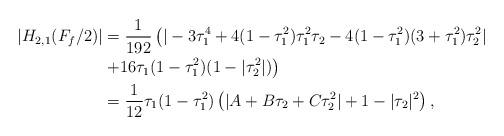
LaTeX: \begin{align*}|H_{2,1}(F_{f}/2)|&=\frac{1}{192}\left(|-3\tau^4_{1} +4(1-\tau^2_{1})\tau^2_{1}\tau_{2}-4(1-\tau^2_{1})(3+\tau^2_{1})\tau^2_{2}| \right.\\&\left.+16\tau_{1}(1-\tau^2_{1}) (1-|\tau^2_{2}|) \right)\\&=\frac{1}{12}\tau_{1}(1-\tau^2_{1})\left(|A+B\tau_{2}+C\tau^2_{2}| +1 -|\tau_{2}|^2\right),\end{align*}